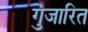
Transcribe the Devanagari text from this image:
गुंजारित